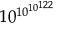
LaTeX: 1 0 ^ { 1 0 ^ { 1 0 ^ { 1 2 2 } } }